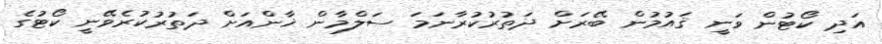
އަދި ކޯޓުން ވަނީ ޤައުމުން ބޭރަށް ދަތުރުކުރާނަމަ ސަލްމާން ޚާންއަށް ދަތުރުކުރެވޭނީ ކޯޓުގެ